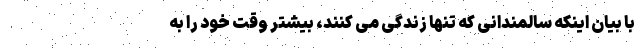
با بیان اینکه سالمندانی که تنها زندگی می کنند، بیشتر وقت خود را به